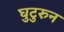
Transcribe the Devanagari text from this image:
घुटुरुन